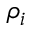
\rho _ { i }